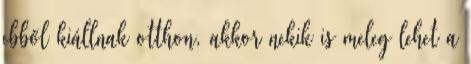
ebből kiállnak otthon, akkor nekik is meleg lehet a